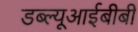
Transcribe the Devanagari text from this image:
डब्ल्यूआईबीबी